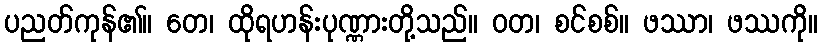
ပညတ်ကုန်၏။ တေ၊ ထိုရဟန်းပုဏ္ဏားတို့သည်။ ဝတ၊ စင်စစ်။ ဖဿာ၊ ဖဿကို။